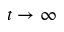
t \to \infty